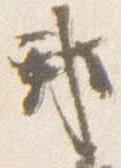
邦